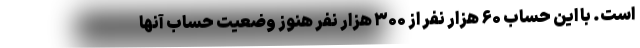
است. با این حساب ۶۰ هزار نفر از ۳۰۰ هزار نفر هنوز وضعیت حساب آنها